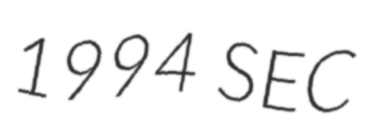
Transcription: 1994 SEC